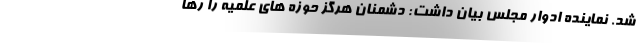
شد. نماینده ادوار مجلس بیان داشت: دشمنان هرگز حوزه های علمیه را رها